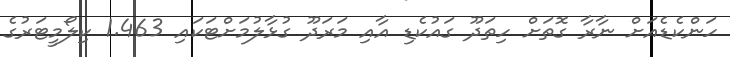
ހަންކެޑެއަށް ނާރާ ގޮތަށް ހިތަދޫ ގައުކެޑި އާއި މަރަދޫ ގުޅާލުމަށްޓަކައި 1.463 ކިލޯމީޓަރުގެ